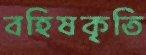
বহিষকৃতি